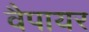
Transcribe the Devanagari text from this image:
वैपायर